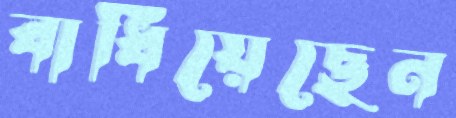
বাধিয়েছেন